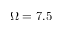
\Omega = 7 . 5